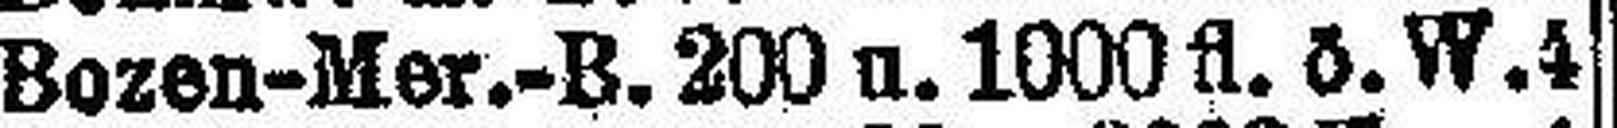
Bozen-Mer.-B.200 u. 1000fl. ö. W. 4